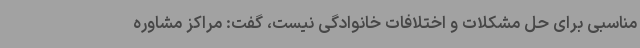
مناسبی برای حل مشکلات و اختلافات خانوادگی نیست، گفت: مراکز مشاوره